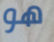
هو